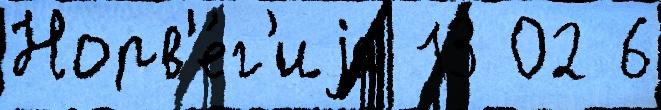
Норв'е́г'иjа 13 02 6